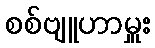
စစ်ဗျူဟာမှူး